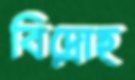
বিদ্রোহ